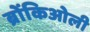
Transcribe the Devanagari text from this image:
ब्रोंकिओली